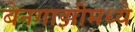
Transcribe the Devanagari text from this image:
बेनगाझीमध्ये